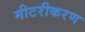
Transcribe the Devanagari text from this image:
मीटरीकरण